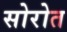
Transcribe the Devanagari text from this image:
सोरोत